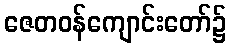
ဇေတဝန်ကျောင်းတော်၌